画像に写った文字を読んでください
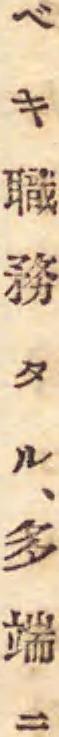
「ベキ職務タル、多端ニ」と書いてあります